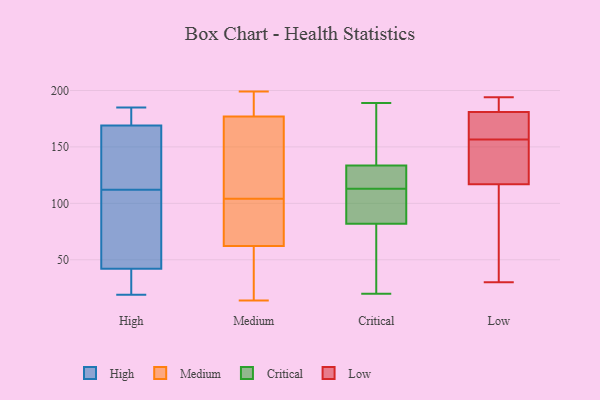
{"axis": {"x": "Humidity (%)", "y": "Value"}, "legend": ["Critical", "High", "Low", "Medium"], "data": [{"x": "", "y": 185, "type": "High"}, {"x": "", "y": 74, "type": "High"}, {"x": "", "y": 178, "type": "High"}, {"x": "", "y": 150, "type": "High"}, {"x": "", "y": 95, "type": "High"}, {"x": "", "y": 173, "type": "High"}, {"x": "", "y": 129, "type": "High"}, {"x": "", "y": 24, "type": "High"}, {"x": "", "y": 37, "type": "High"}, {"x": "", "y": 47, "type": "High"}, {"x": "", "y": 165, "type": "High"}, {"x": "", "y": 19, "type": "High"}, {"x": "", "y": 199, "type": "Medium"}, {"x": "", "y": 33, "type": "Medium"}, {"x": "", "y": 14, "type": "Medium"}, {"x": "", "y": 63, "type": "Medium"}, {"x": "", "y": 99, "type": "Medium"}, {"x": "", "y": 176, "type": "Medium"}, {"x": "", "y": 180, "type": "Medium"}, {"x": "", "y": 104, "type": "Medium"}, {"x": "", "y": 71, "type": "Medium"}, {"x": "", "y": 193, "type": "Medium"}, {"x": "", "y": 146, "type": "Medium"}, {"x": "", "y": 60, "type": "Medium"}, {"x": "", "y": 137, "type": "Medium"}, {"x": "", "y": 87, "type": "Critical"}, {"x": "", "y": 189, "type": "Critical"}, {"x": "", "y": 118, "type": "Critical"}, {"x": "", "y": 97, "type": "Critical"}, {"x": "", "y": 174, "type": "Critical"}, {"x": "", "y": 67, "type": "Critical"}, {"x": "", "y": 113, "type": "Critical"}, {"x": "", "y": 138, "type": "Critical"}, {"x": "", "y": 91, "type": "Critical"}, {"x": "", "y": 125, "type": "Critical"}, {"x": "", "y": 48, "type": "Critical"}, {"x": "", "y": 132, "type": "Critical"}, {"x": "", "y": 20, "type": "Critical"}, {"x": "", "y": 153, "type": "Low"}, {"x": "", "y": 188, "type": "Low"}, {"x": "", "y": 193, "type": "Low"}, {"x": "", "y": 156, "type": "Low"}, {"x": "", "y": 144, "type": "Low"}, {"x": "", "y": 194, "type": "Low"}, {"x": "", "y": 90, "type": "Low"}, {"x": "", "y": 59, "type": "Low"}, {"x": "", "y": 159, "type": "Low"}, {"x": "", "y": 30, "type": "Low"}, {"x": "", "y": 174, "type": "Low"}, {"x": "", "y": 157, "type": "Low"}]}